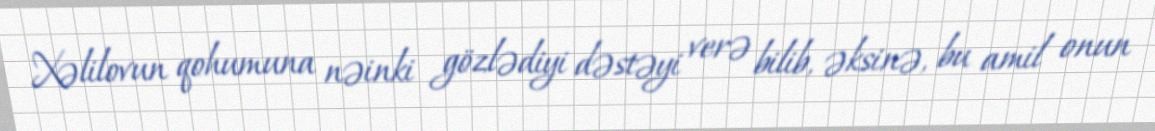
Xəlilovun qohumuna nəinki gözlədiyi dəstəyi verə bilib, əksinə, bu amil onun